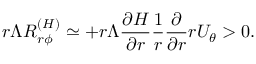
r \Lambda { \cal { R } } _ { r \phi } ^ { ( H ) } \simeq + r \Lambda \frac { \partial H } { \partial r } \frac { 1 } { r } \frac { \partial } { \partial r } r U _ { \theta } > 0 .